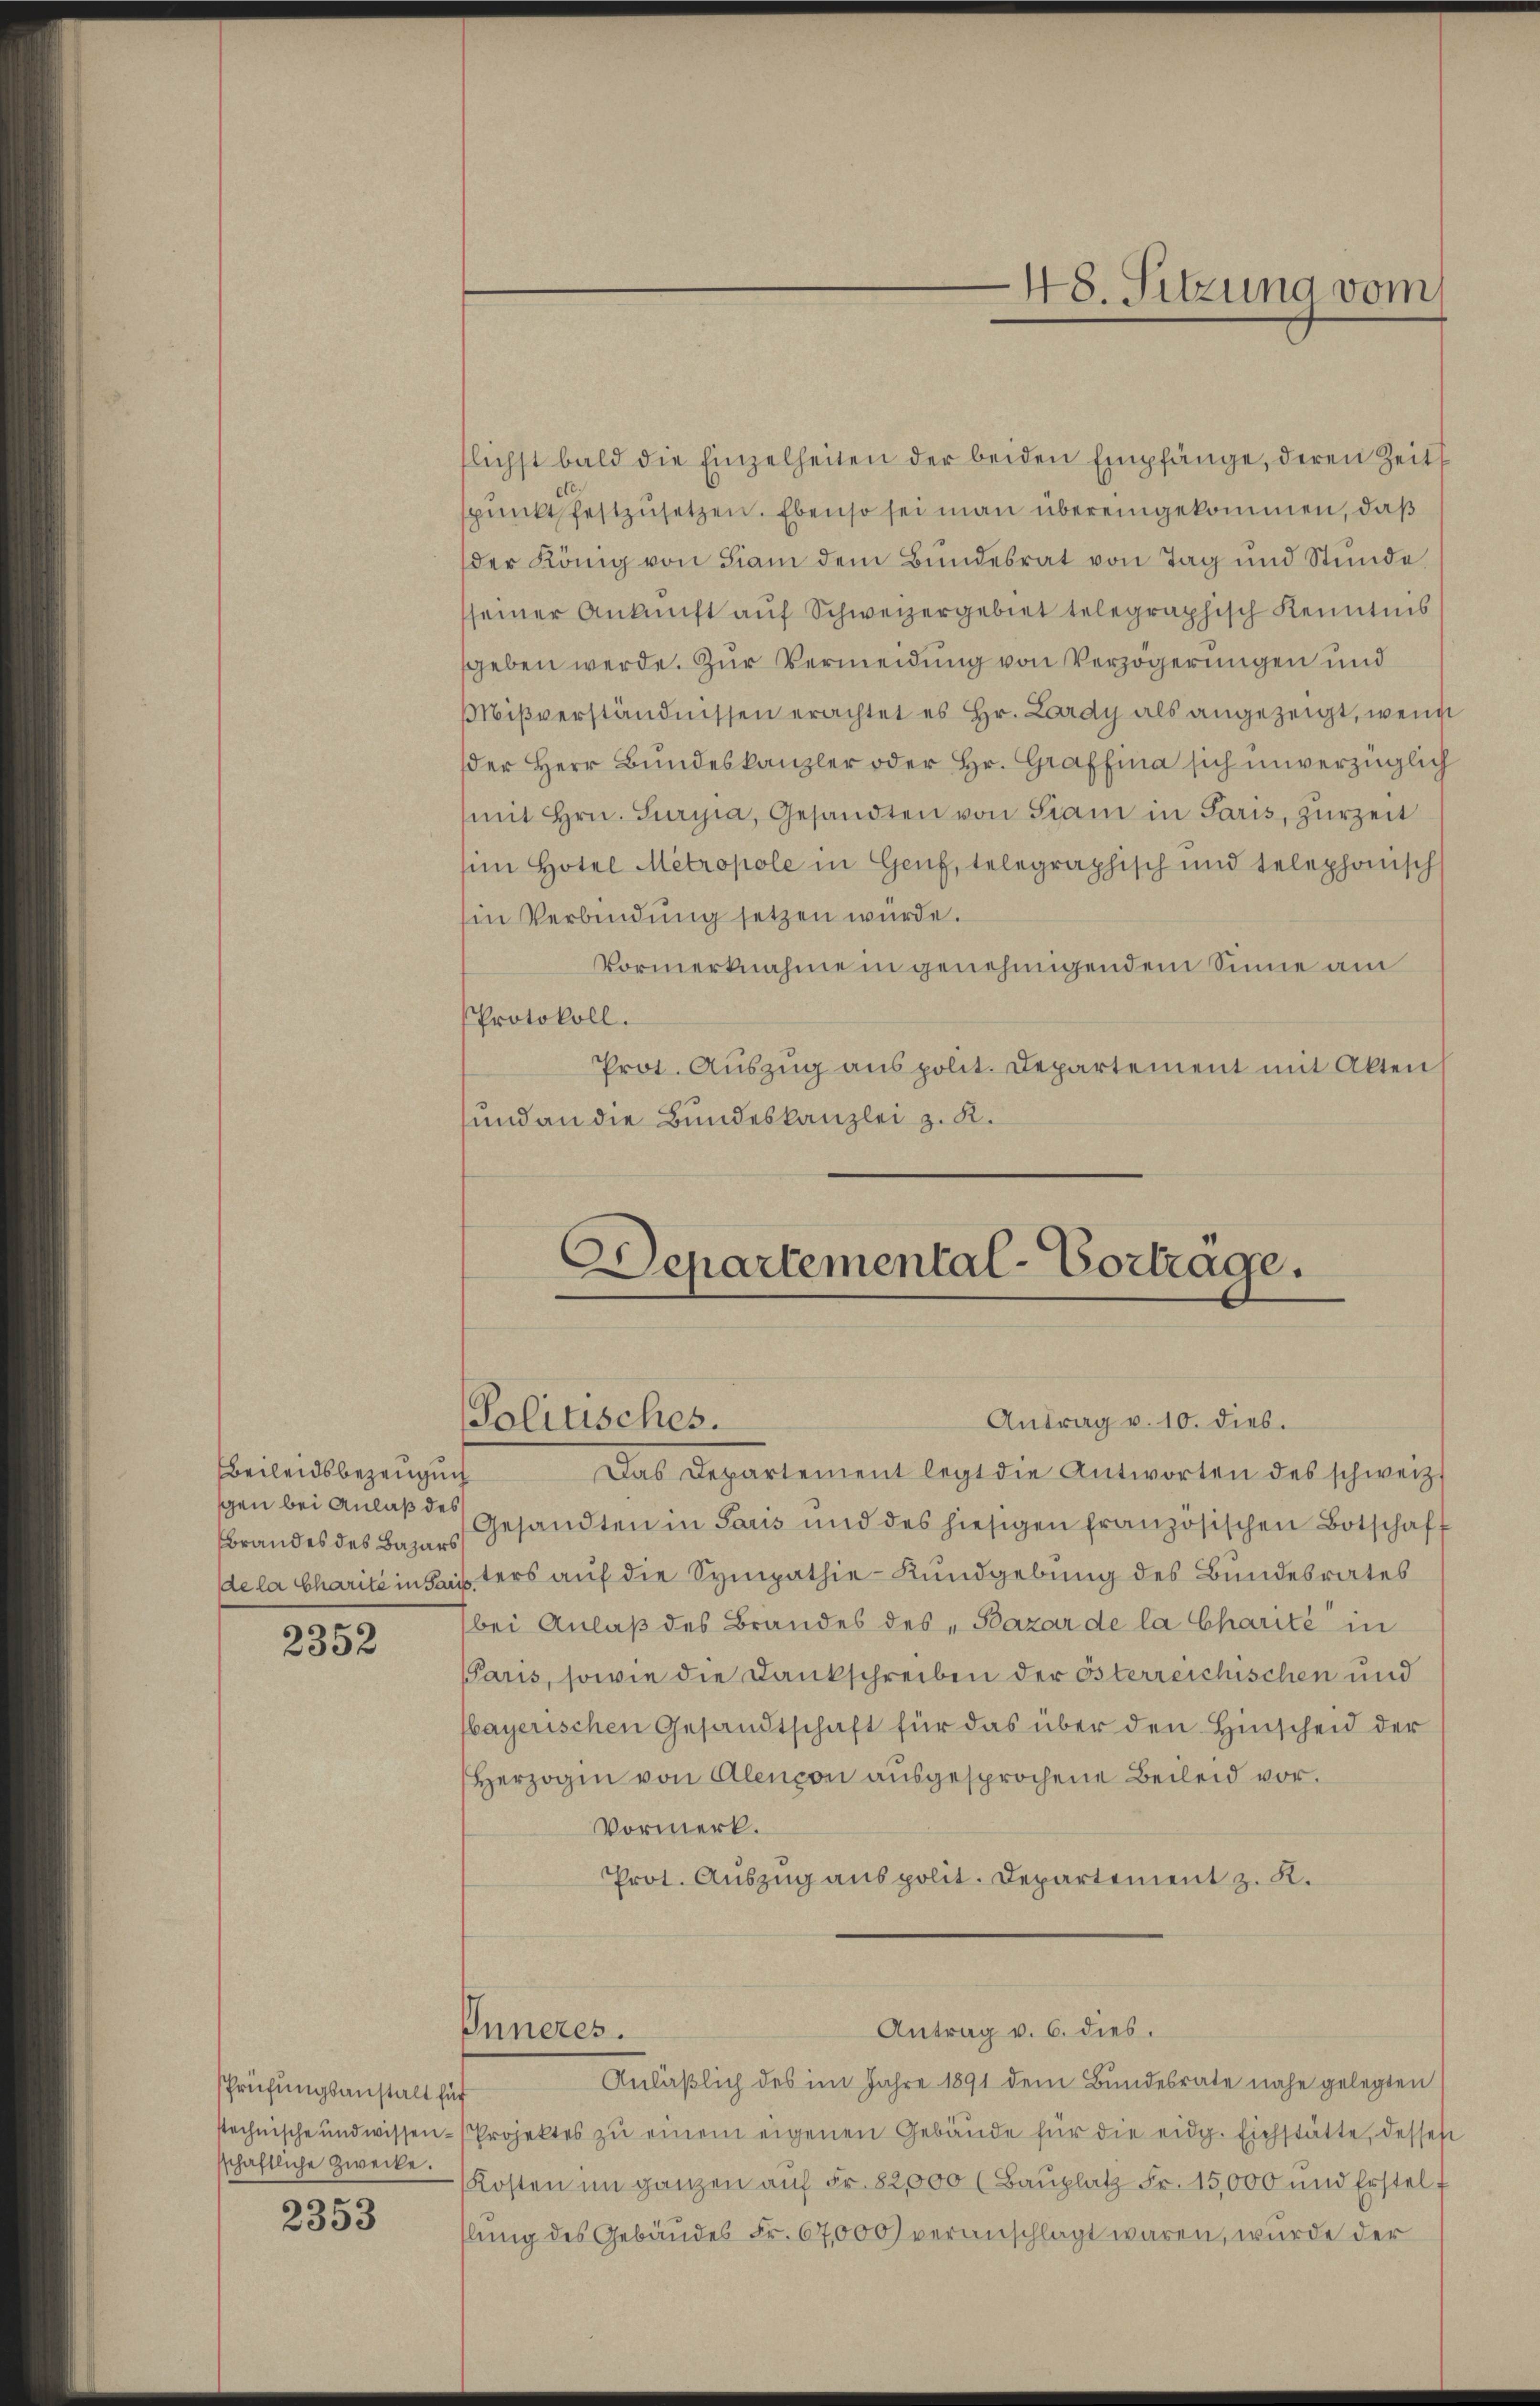
Beileidsbezeugung
Brandes des Bazars

2352

sPrüfungsanstalt für
sschaftliche Zwecke.

2353

flichst bald die Einzelheiten der beiden Empfänge, deren Zeits
spunkt festzusetzen. Ebenso sei man übereingekommen, daß
der König von Fiam dem Bundesrat von Tag und Stunde
sseiner Ankunft aŭf Schweizergebiet telegraphisch Kenntnis
sgeben werde. Zur Vermeidung von Verzögerungen und
Mißverständnissen erachtet es Hr. Lardy als angezeigt, wenn
der Herr Bundeskanzler oder Hr. Graffina sich unverzüglich
mit hrn. Suryia, Gesandten von Siam in Paris, zurzeit
sim Hotel Metropole in Genf, telegraphisch und telephonisch
Ein Verbindung setzen würde.
Vormerknahme in genehmigendem Sinne am
Protokoll.
Prot. Auszug aus polit. Departement mit Akten
und an die Bundeskanzlei z. K.

Antrag v. 10. dies.
Das Departement legt die Antworten des schweiz.
gen bei Anlaß der Gesandten in Paris und des hiesigen französischen Botschaff
dela Charité in Fausters auf die Sympathie - Rundgebung des Bundesrates
bei Anlaß des Brandes des „Bazar de la Charité in
Paris, sowie die Dankschreiben der Österreichischen und
bayerischen Gesandtschaft für das über den Hinscheid der
Herzogen von Alençon ausgesprochene Beileid vor.
Vormerk.
Prot. Auszug aus polit. Departement z. R.

Politisches.

Inneres.

Departemental-Vortrage.

Antrag v. 6. dies.

48. Sitzung vom

Anläßlich des im Jahre 1891 dem Bundesrate nahe gelegten
stechnische und wissen-Projektes zŭ einem eigenen Gebäŭde für die eidg. Eichstätte, desses
Kosten im ganzen auf Fr. 82,000 (Bauplatz Fr. 15,000 und Erstelf
lung des Gebäudes Fr. 67,000 veranschlagt waren, wurde der